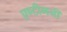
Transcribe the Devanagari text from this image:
एण्टीमनी